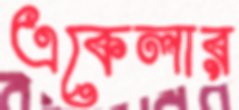
একেলার